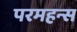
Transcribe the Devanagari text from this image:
परमहन्स